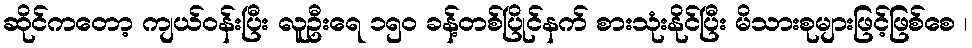
ဆိုင်ကတော့ ကျယ်ဝန်းပြီး လူဦးရေ ၁၅၀ ခန့်တစ်ပြိုင်နက် စားသုံးနိုင်ပြီး မိသားစုများဖြင့်ဖြစ်စေ ၊